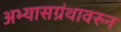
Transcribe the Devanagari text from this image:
अभ्यासग्रंथावरुन